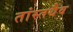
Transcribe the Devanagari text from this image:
तांस्तथैव